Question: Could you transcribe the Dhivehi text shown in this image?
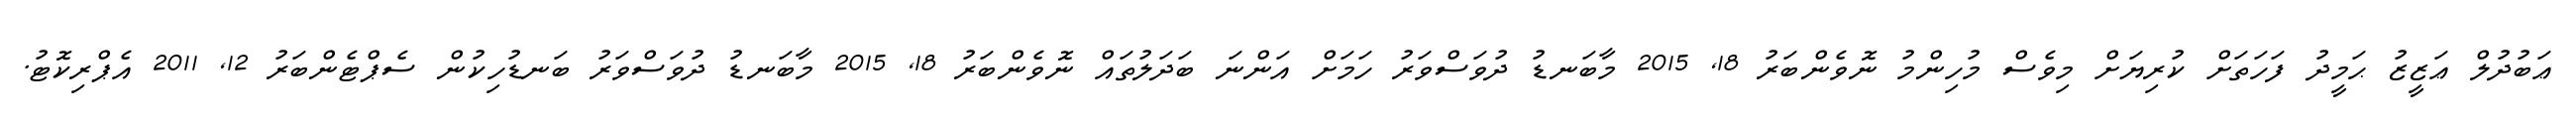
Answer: ޢަބުދުލް ޢަޒީޒު ޙަމީދު ފަހަތަށް ކުރިޔަށް މިވެސް މުހިންމު ނޮވެންބަރު 18, 2015 މާބަނޑު ދުވަސްވަރު ހަމަށް އަންނަ ބަދަލުތައް ނޮވެންބަރު 18, 2015 މާބަނޑު ދުވަސްވަރު ބަނޑުހިކުން ސެޕްޓެންބަރު 12, 2011 އެޕްރިކޮޓު.